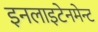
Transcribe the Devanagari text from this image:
इनलाइटेनमेन्ट